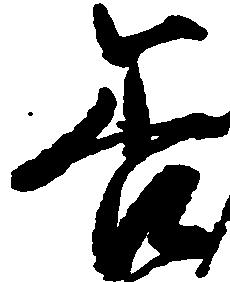
善